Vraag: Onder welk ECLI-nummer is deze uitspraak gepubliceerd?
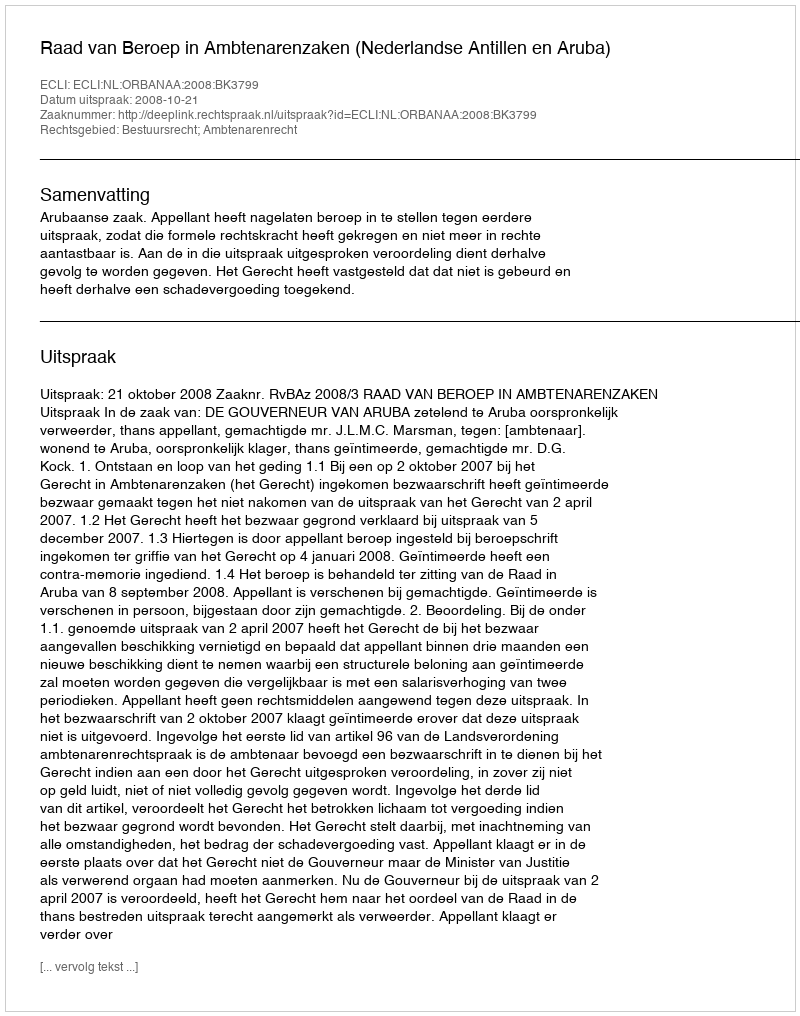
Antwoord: ECLI:NL:ORBANAA:2008:BK3799